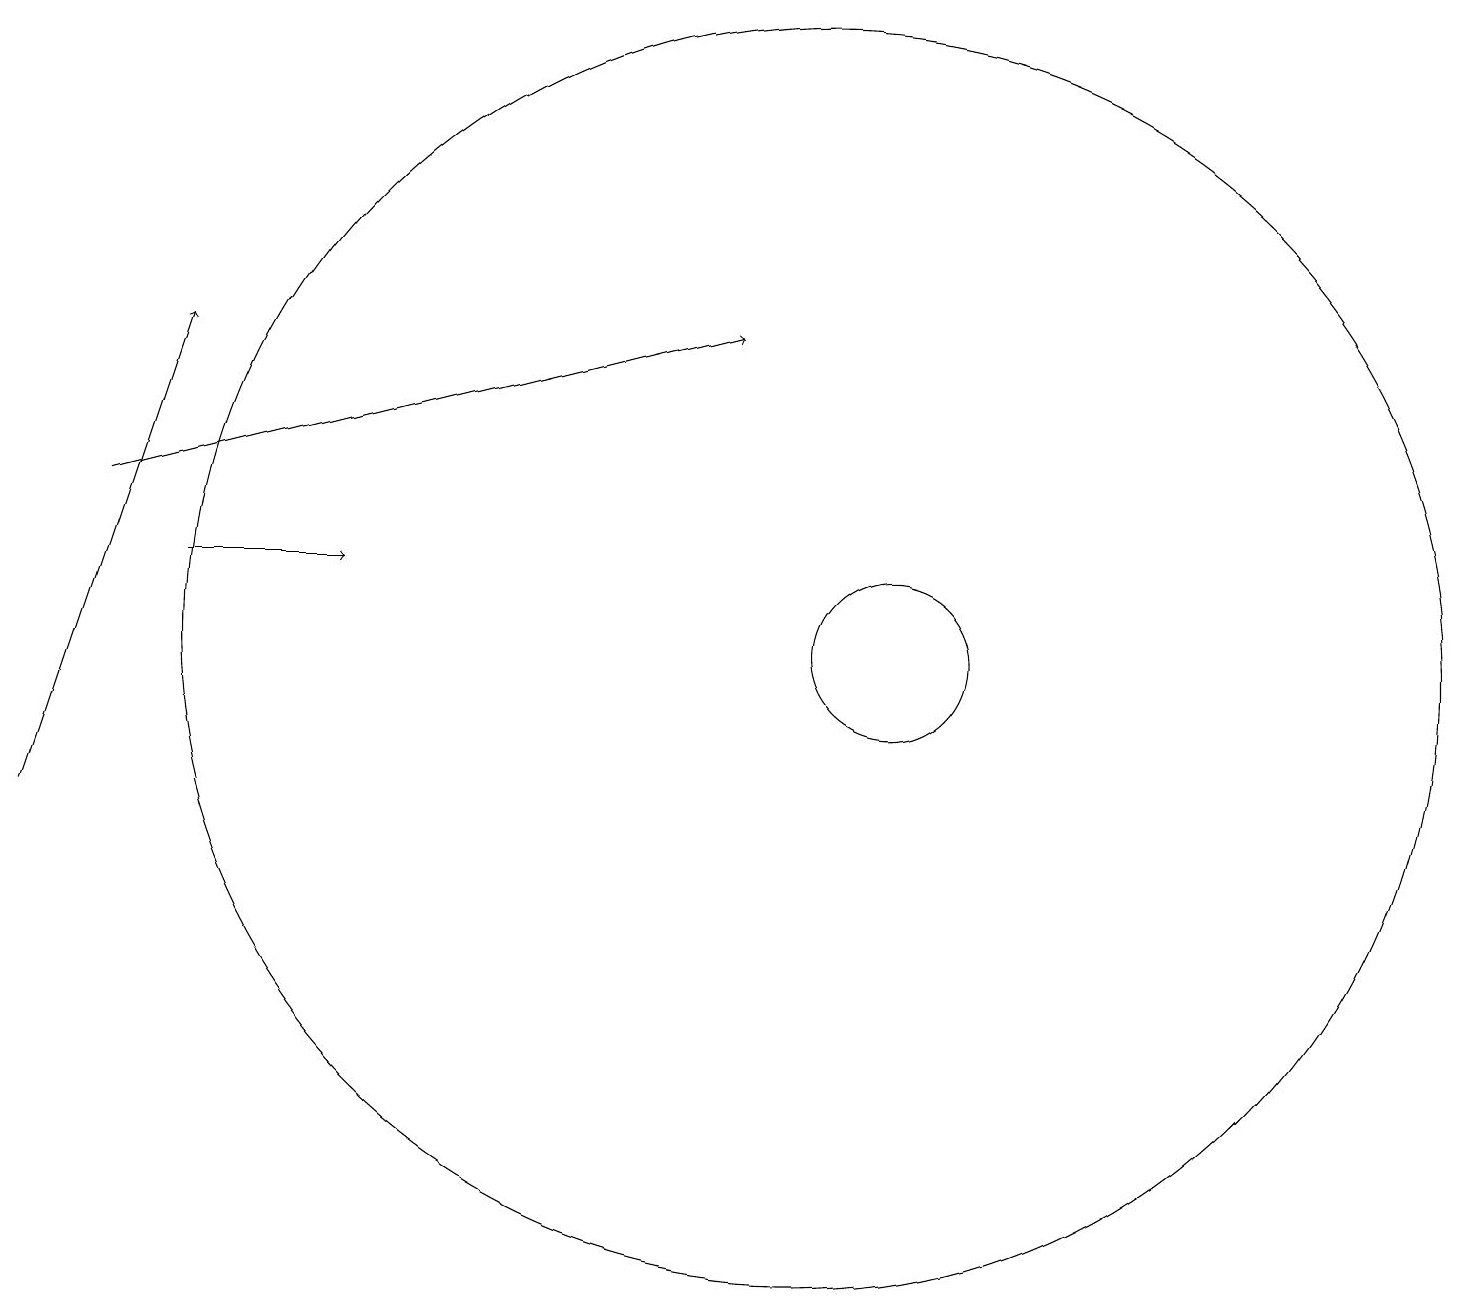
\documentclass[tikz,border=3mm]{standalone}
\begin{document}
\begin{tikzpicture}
\draw[->] (2,13) -- (4,13);
\draw (10,11) circle (0);
\draw (10,12) circle (8);
\draw[->] (1,14) -- (9,16);
\draw[->] (0,10) -- (2,16);
\draw (11,12) circle (1);
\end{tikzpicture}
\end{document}